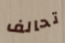
تحالف